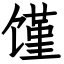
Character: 馑